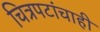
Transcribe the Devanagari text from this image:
चित्रपटांचाही